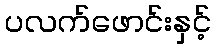
ပလက်ဖောင်းနှင့်